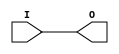
module IBUF (
  (* iopad_external_pin *)
  input  I,
  output O
);
  parameter IOSTANDARD   = "default";
  parameter IBUF_LOW_PWR = 0;
  parameter IN_TERM = "NONE";  // Not supported by Vivado ?
  parameter IO_LOC_PAIRS = ""; // Used by read_xdc.
  assign O = I;
  specify
    (I => O) = 0;
  endspecify
endmodule